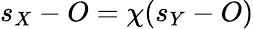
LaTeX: s_{X}-O=\chi(s_{Y}-O)